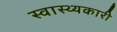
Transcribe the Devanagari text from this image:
स्वास्थ्यकारी